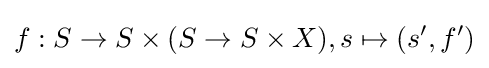
f:S\to S\times (S\to S\times X),s\mapsto (s',f')